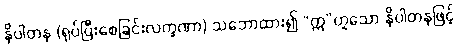
နိပါတန (ရုပ်ပြီးစေခြင်းလက္ခဏာ) သဘောထား၍ “ဣ”ဟူသော နိပါတနဖြင့်